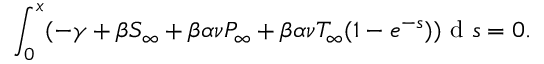
\int _ { 0 } ^ { x } ( - \gamma + \beta S _ { \infty } + \beta \alpha \nu P _ { \infty } + \beta \alpha \nu T _ { \infty } ( 1 - e ^ { - s } ) ) \mathrm { ~ d ~ } s = 0 .